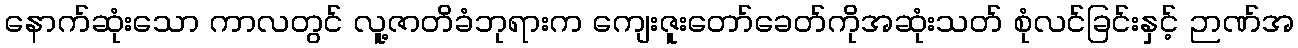
နောက်ဆုံးသော ကာလတွင် လူ့ဇာတိခံဘုရားက ကျေးဇူးတော်ခေတ်ကိုအဆုံးသတ် စုံလင်ခြင်းနှင့် ဉာဏ်အ